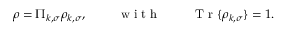
\rho = \Pi _ { k , \sigma } \rho _ { k , \sigma } , \mathrm { ~ \qquad ~ w ~ i ~ t ~ h ~ \qquad ~ } \mathrm { ~ T ~ r ~ } \{ \rho _ { k , \sigma } \} = 1 .